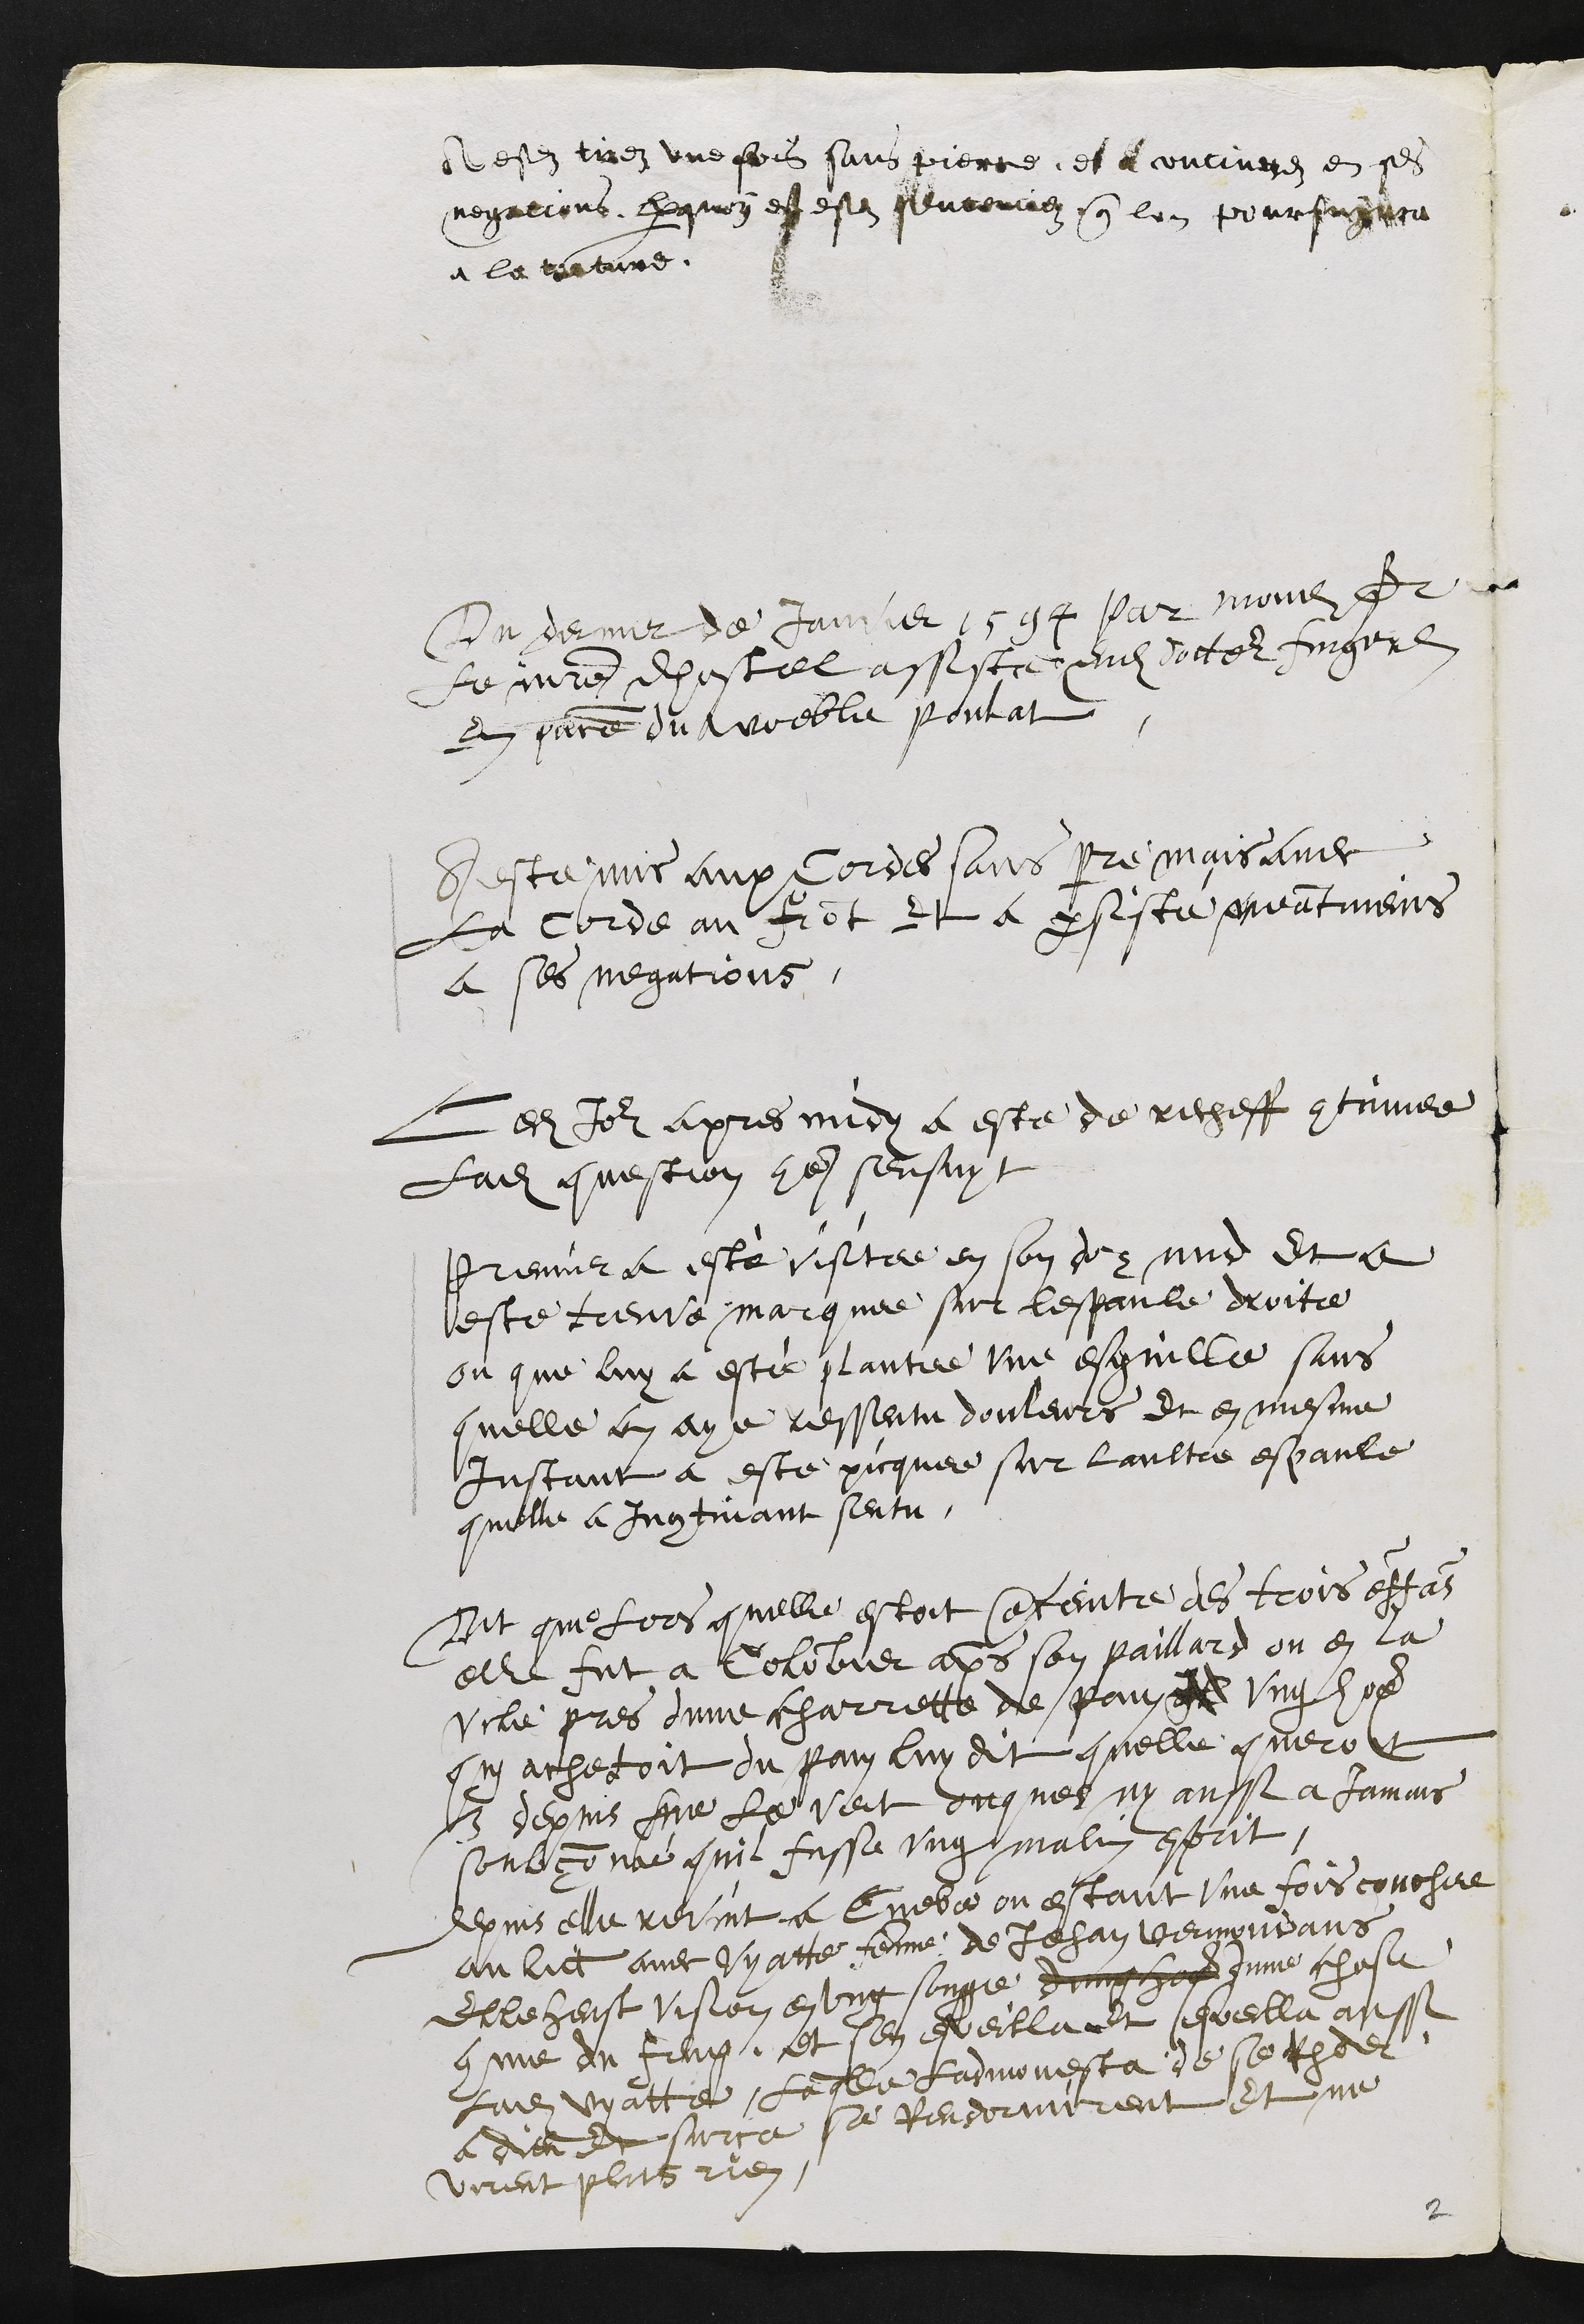
A estez tirez une fois sans pierre, et a continuez en ses
negations par quoy est estez sentenciez que lon poursuyvra
a la torture.
Du dernier de Janvier 1594 par mondit sr
le maitre dhostel assiste dudit docteur Fingerlin
en presence du woeble Poutat,
A este mis aux cordes sans pre mais avec
la corde au front et a persiste neantmoins
a ses negations.
Ledit Jour apres midy a este de recheff continuee
Ladite question comme sensuyt
Premier a esté visitée en son doz nud et a
esté treuvé marquee sur lespaule droite
ou que luy a esté plantee une esguille sans
quelle en aye ressentu douleurs et en mesme
Instant a este picquee sur laultre espaule
quelle a Incontinant sentu.
Dit que lors quelle estoit enceinte des trois enffans
elle fut a Colombier apres son paillard ou en la
Vile pres dune charrette de pain Il ung homme
quy achetoit du pain luy dit quelle queroit
& depuis que le veit onques ny aussi a jamais
soupconné quil fusse ung malin esprit,
depuis elle revint a Cueve ou estant une fois couchee
au lict avec Vyatte femme de Jehan Vermoudans
Elle heust vision en ung songe dung homme dune chose
comme du feug, et sen esveillant esvella aussi
Ladite Vyatte, laquelle ladmonesta de se recommander
a Dieu et surce se rendormirent et ne
virent plus rien.
2